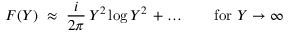
{ \cal F } ( Y ) ~ \approx ~ \frac { i } { 2 \pi } \, Y ^ { 2 } \log { Y ^ { 2 } } \, + \ldots \qquad \mathrm { f o r ~ } Y \to \infty